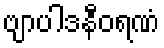
ဗျာပါဒနီဝရဏံ